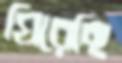
ঘিরেছি